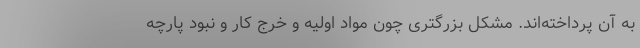
به آن پرداخته‌اند. مشکل بزرگتری چون مواد اولیه و خرج کار و نبود پارچه